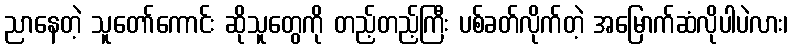
ညာနေတဲ့ သူတော်ကောင်း ဆိုသူတွေကို တည့်တည့်ကြီး ပစ်ခတ်လိုက်တဲ့ အမြောက်ဆံလိုပါပဲလား၊